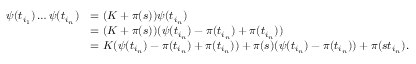
\begin{array} { r l } { \psi ( t _ { i _ { 1 } } ) \ldots \psi ( t _ { i _ { n } } ) } & { = ( K + \pi ( s ) ) \psi ( t _ { i _ { n } } ) } \\ & { = ( K + \pi ( s ) ) ( \psi ( t _ { i _ { n } } ) - \pi ( t _ { i _ { n } } ) + \pi ( t _ { i _ { n } } ) ) } \\ & { = K ( \psi ( t _ { i _ { n } } ) - \pi ( t _ { i _ { n } } ) + \pi ( t _ { i _ { n } } ) ) + \pi ( s ) ( \psi ( t _ { i _ { n } } ) - \pi ( t _ { i _ { n } } ) ) + \pi ( s t _ { i _ { n } } ) . } \end{array}